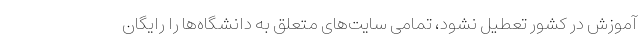
آموزش در کشور تعطیل نشود، تمامی سایت‌های متعلق به دانشگاه‌ها را رایگان